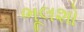
ભૂલશો